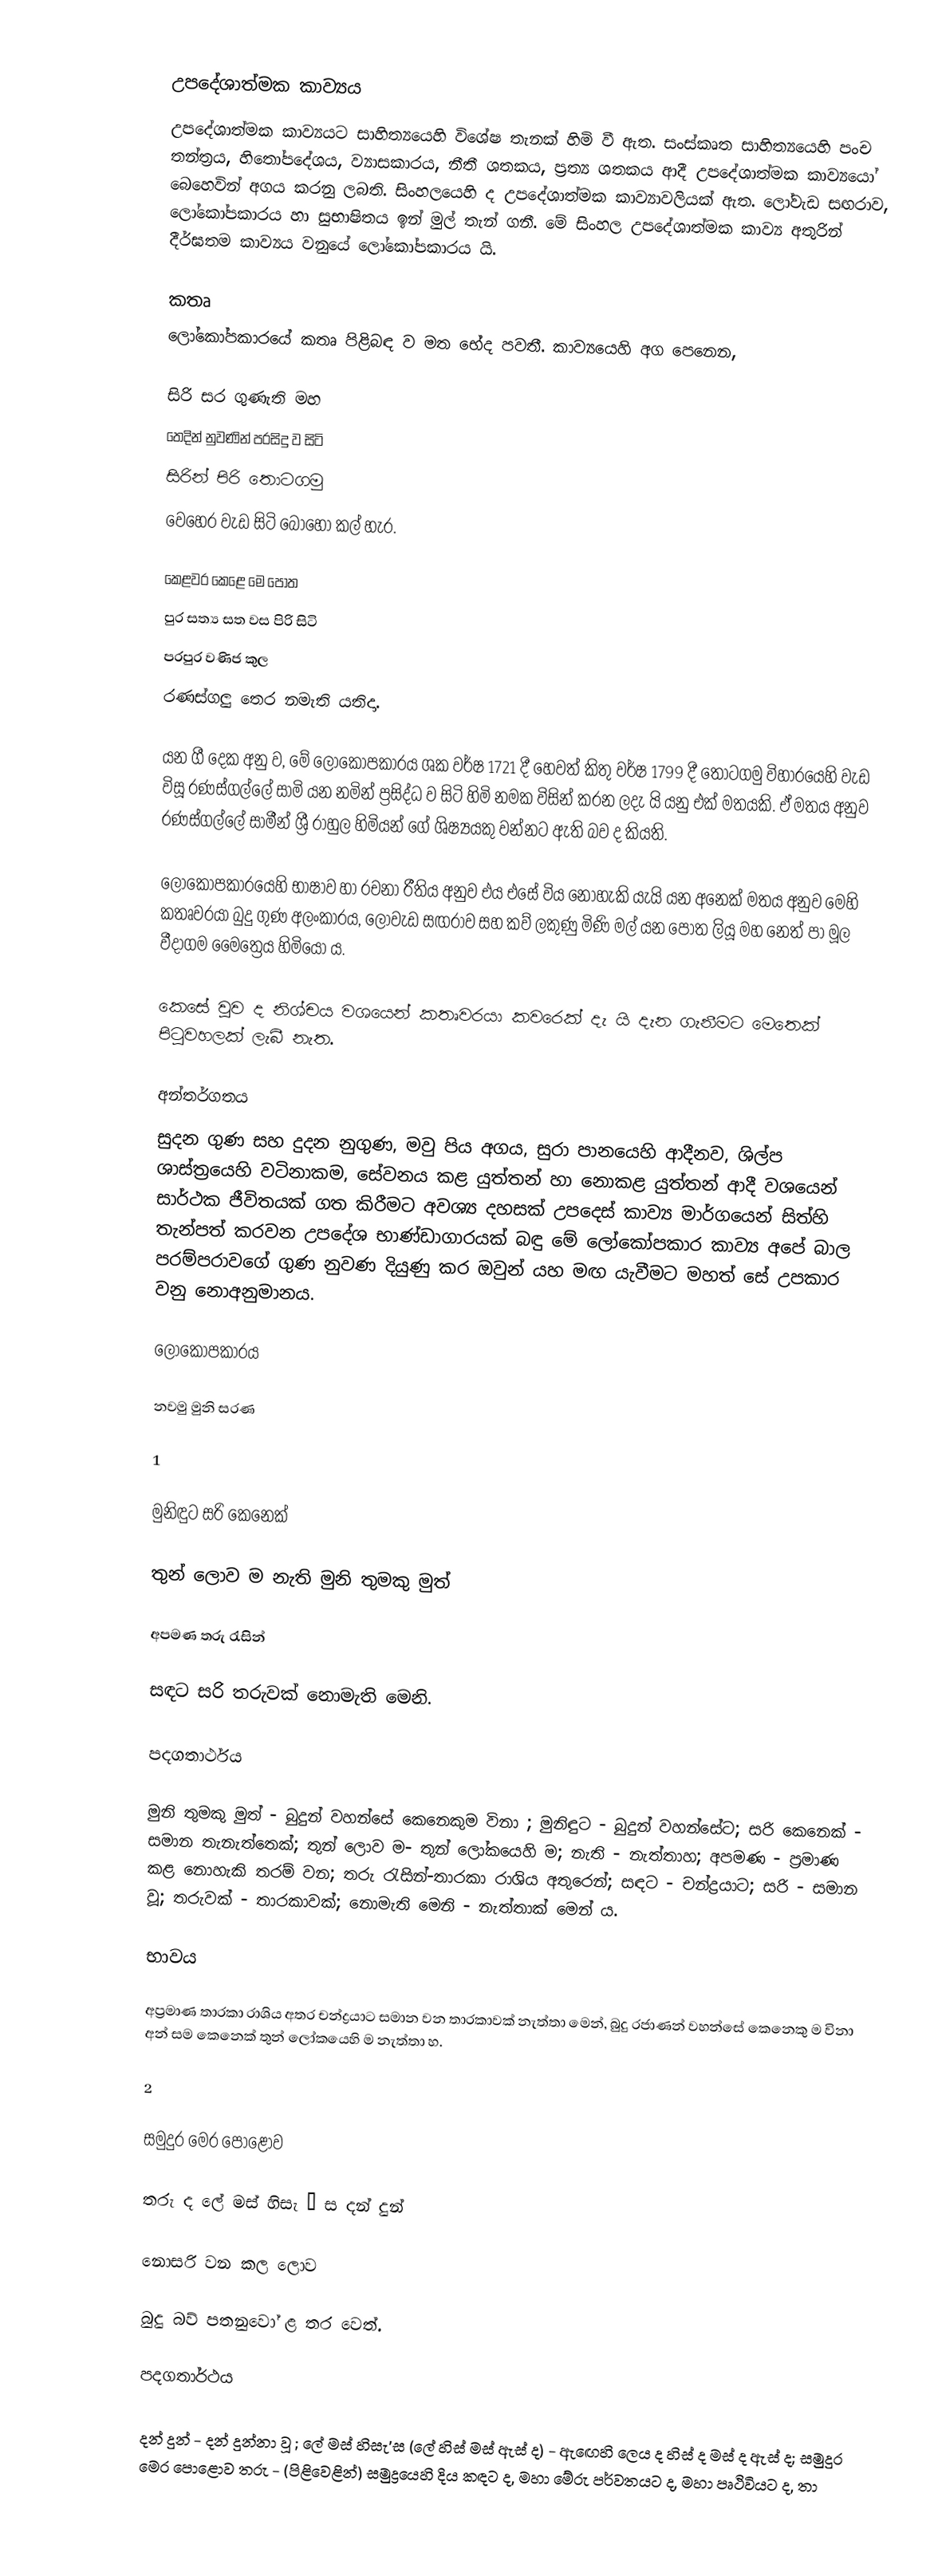

උපදේශාත්මක කාව්‍යය
උපදේශාත්මක කාව්‍යයට සාහිත්‍යයෙහි විශේෂ තැනක් හිමි වී ඇත. සංස්කෘත සාහිත්‍යයෙහි පංච තන්ත්‍රය, හිතෝපදේශය, ව්‍යාසකාරය, නීතී ශතකය, ප්‍රත්‍ය ශතකය ආදී උපදේශාත්මක කාව්‍යයෝ බෙහෙවින් අගය කරනු ලබති. සිංහලයෙහි ද උපදේශාත්මක කාව්‍යාවලියක් ඇත. ලෝවැඩ සඟරාව, ලෝකෝපකාරය හා සුභාෂිතය ඉන් මුල් තැන් ගනී. මේ සිංහල උපදේශාත්මක කාව්‍ය අතුරින් දීර්ඝතම කාව්‍යය වනුයේ ලෝකෝපකාරය යි.

කතෘ
ලෝකෝපකාරයේ කතෘ පිළිබඳ ව මත භේද පවතී. කාව්‍යයෙහි අග පෙනෙන,

සිරි සර ගුණැති මහ
තෙදින් නුවණින් පරසිදු ව සිටි
සිරින් පිරි තොටගමු
වෙහෙර වැඩ සිටි බොහෝ කල් හැර.

කෙළවර කෙළෙ මෙ පොත
පුර සත්‍ය සත වස පිරි සිටි
පරපුර වණිජ කුල
රණස්ගලු තෙර නමැති යතිදා.

යන ගී දෙක අනු ව, මේ ලෝකෝපකාරය ශක වර්ෂ 1721 දී හෙවත් කිතු වර්ෂ 1799 දී තොටගමු විහාරයෙහි වැඩ විසූ රණස්ගල්ලේ සාමි යන නමින් ප්‍රසිද්ධ ව සිටි හිමි නමක විසින් කරන ලදැ යි යනු එක් මතයකි. ඒ මතය අනුව රණස්ගල්ලේ සාමීන් ශ්‍රී රාහුල හිමියන් ගේ ශිෂ්‍යයකු වන්නට ඇති බව ද කියති.

ලෝකෝපකාරයෙහි භාෂාව හා රචනා රීතිය අනුව එය එසේ විය නොහැකි යැයි යන අනෙක් මතය අනුව මෙහි කතෘවරයා බුදු ගුණ අලංකාරය, ලෝවැඩ සඟරාව සහ කව් ලකුණු මිණි මල් යන පොත ලියූ මහ නෙත් පා මූල වීදාගම මෛත්‍රෙය හිමියෝ ය.

කෙසේ වුව ද නිශ්චය වශයෙන් කතෘවරයා කවරෙක් දැ යි දැන ගැනීමට මෙතෙක් පිටුවහලක් ලැබී නැත.

අන්තර්ගතය
සුදන ගුණ සහ දුදන නුගුණ, මවු පිය අගය, සුරා පානයෙහි ආදීනව, ශිල්ප ශාස්ත්‍රයෙහි වටිනාකම, සේවනය කළ යුත්තන් හා නොකළ යුත්තන් ආදී වශයෙන් සාර්ථක ජීවිතයක් ගත කිරීමට අවශ්‍ය දහසක් උපදෙස් කාව්‍ය මාර්ගයෙන් සිත්හි තැන්පත් කරවන උපදේශ භාණ්ඩාගාරයක් බඳු මේ ලෝකෝපකාර කාව්‍ය අපේ බාල පරම්පරාවගේ ගුණ නුවණ දියුණු කර ඔවුන් යහ මඟ යැවීමට මහත් සේ උපකාර වනු නොඅනුමානය.

ලෝකෝපකාරය

නවමු මුනි සරණ

1

මුනිඳුට සරි කෙනෙක්

තුන් ලොව ම නැති මුනි තුමකු මුත්

අපමණ තරු රැසින්

සඳට සරි තරුවක් නොමැති මෙනි.

පදගතාර්ථය

මුනි තුමකු මුත් - බුදුන් වහන්සේ කෙනෙකුම විනා ; මුනිඳුට - බුදුන් වහන්සේට; සරි කෙනෙක් - සමාන තැනැත්තෙක්; තුන් ලොව ම- තුන් ලෝකයෙහි ම; නැති - නැත්තාහ; අපමණ - ප්‍රමාණ කළ නොහැකි තරම් වන; තරු රැසින්-තාරකා රාශිය අතුරෙන්; සඳට - චන්ද්‍රයාට; සරි - සමාන වූ; තරුවක් - තාරකාවක්; නොමැති මෙනි - නැත්තාක් මෙන් ය.

භාවය

අප්‍රමාණ තාරකා රාශිය අතර චන්ද්‍රයාට සමාන වන තාරකාවක් නැත්තා මෙන්, බුදු රජාණන් වහන්සේ කෙනෙකු ම විනා අන් සම කෙනෙක් තුන් ලෝකයෙහි ම නැත්තා හ.

2

සමුදුර මෙර පොළොව

තරු ද ලේ මස් හිසැ ’ ස දන් දුන්

නොසරි වන කල ලොව

බුදු බව් පතනුවෝ ළ තර වෙත්.

පදගතාර්ථය

දන් දුන් - දන් දුන්නා වූ ; ලේ මස් හිසැ’ස (ලේ හිස් මස් ඇස් ද) - ඇඟෙහි ලෙය ද හිස් ද මස් ද ඇස් ද; සමුදුර මෙර පොළොව තරු - (පිළිවෙළින්) සමුද්‍රයෙහි දිය කඳට ද, මහා මේරු පර්වතයට ද, මහා පෘථිවියට ද, තා